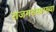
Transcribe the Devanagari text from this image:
राजगडसारख्या